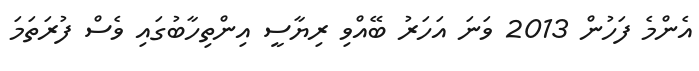
އެންމެ ފަހުން 2013 ވަނަ އަހަރު ބޭއްވި ރިޔާސީ އިންތިހާބުގައި ވެސް ފުރަތަމަ